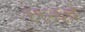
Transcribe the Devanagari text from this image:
१९२६चे